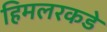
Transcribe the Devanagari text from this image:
हिमलरकडे